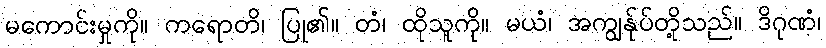
မကောင်းမှုကို။ ကရောတိ၊ ပြု၏။ တံ၊ ထိုသူကို။ မယံ၊ အကျွန်ုပ်တို့သည်။ ဒိဂုဏံ၊